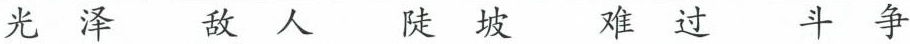
光泽 敌人 陡坡 难过 斗争